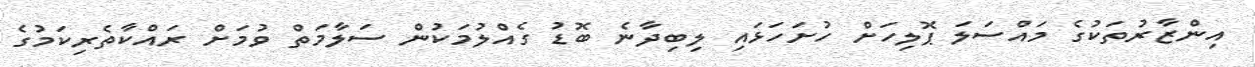
އިންޒާރުތަކުގެ މައްސަލަ ޕޮލިހަށް ހުށަހަޅައި ލިބިދާނެ ބޮޑު ގެއްލުމަކުން ސަލާމަތް ވުމަށް ރައްކާތެރިކަމުގެ